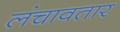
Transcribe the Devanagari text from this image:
लंचावतार